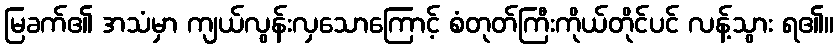
မြခက်၏ အသံမှာ ကျယ်လွန်းလှသောကြောင့် စံတုတ်ကြီးကိုယ်တိုင်ပင် လန့်သွား ရ၏။